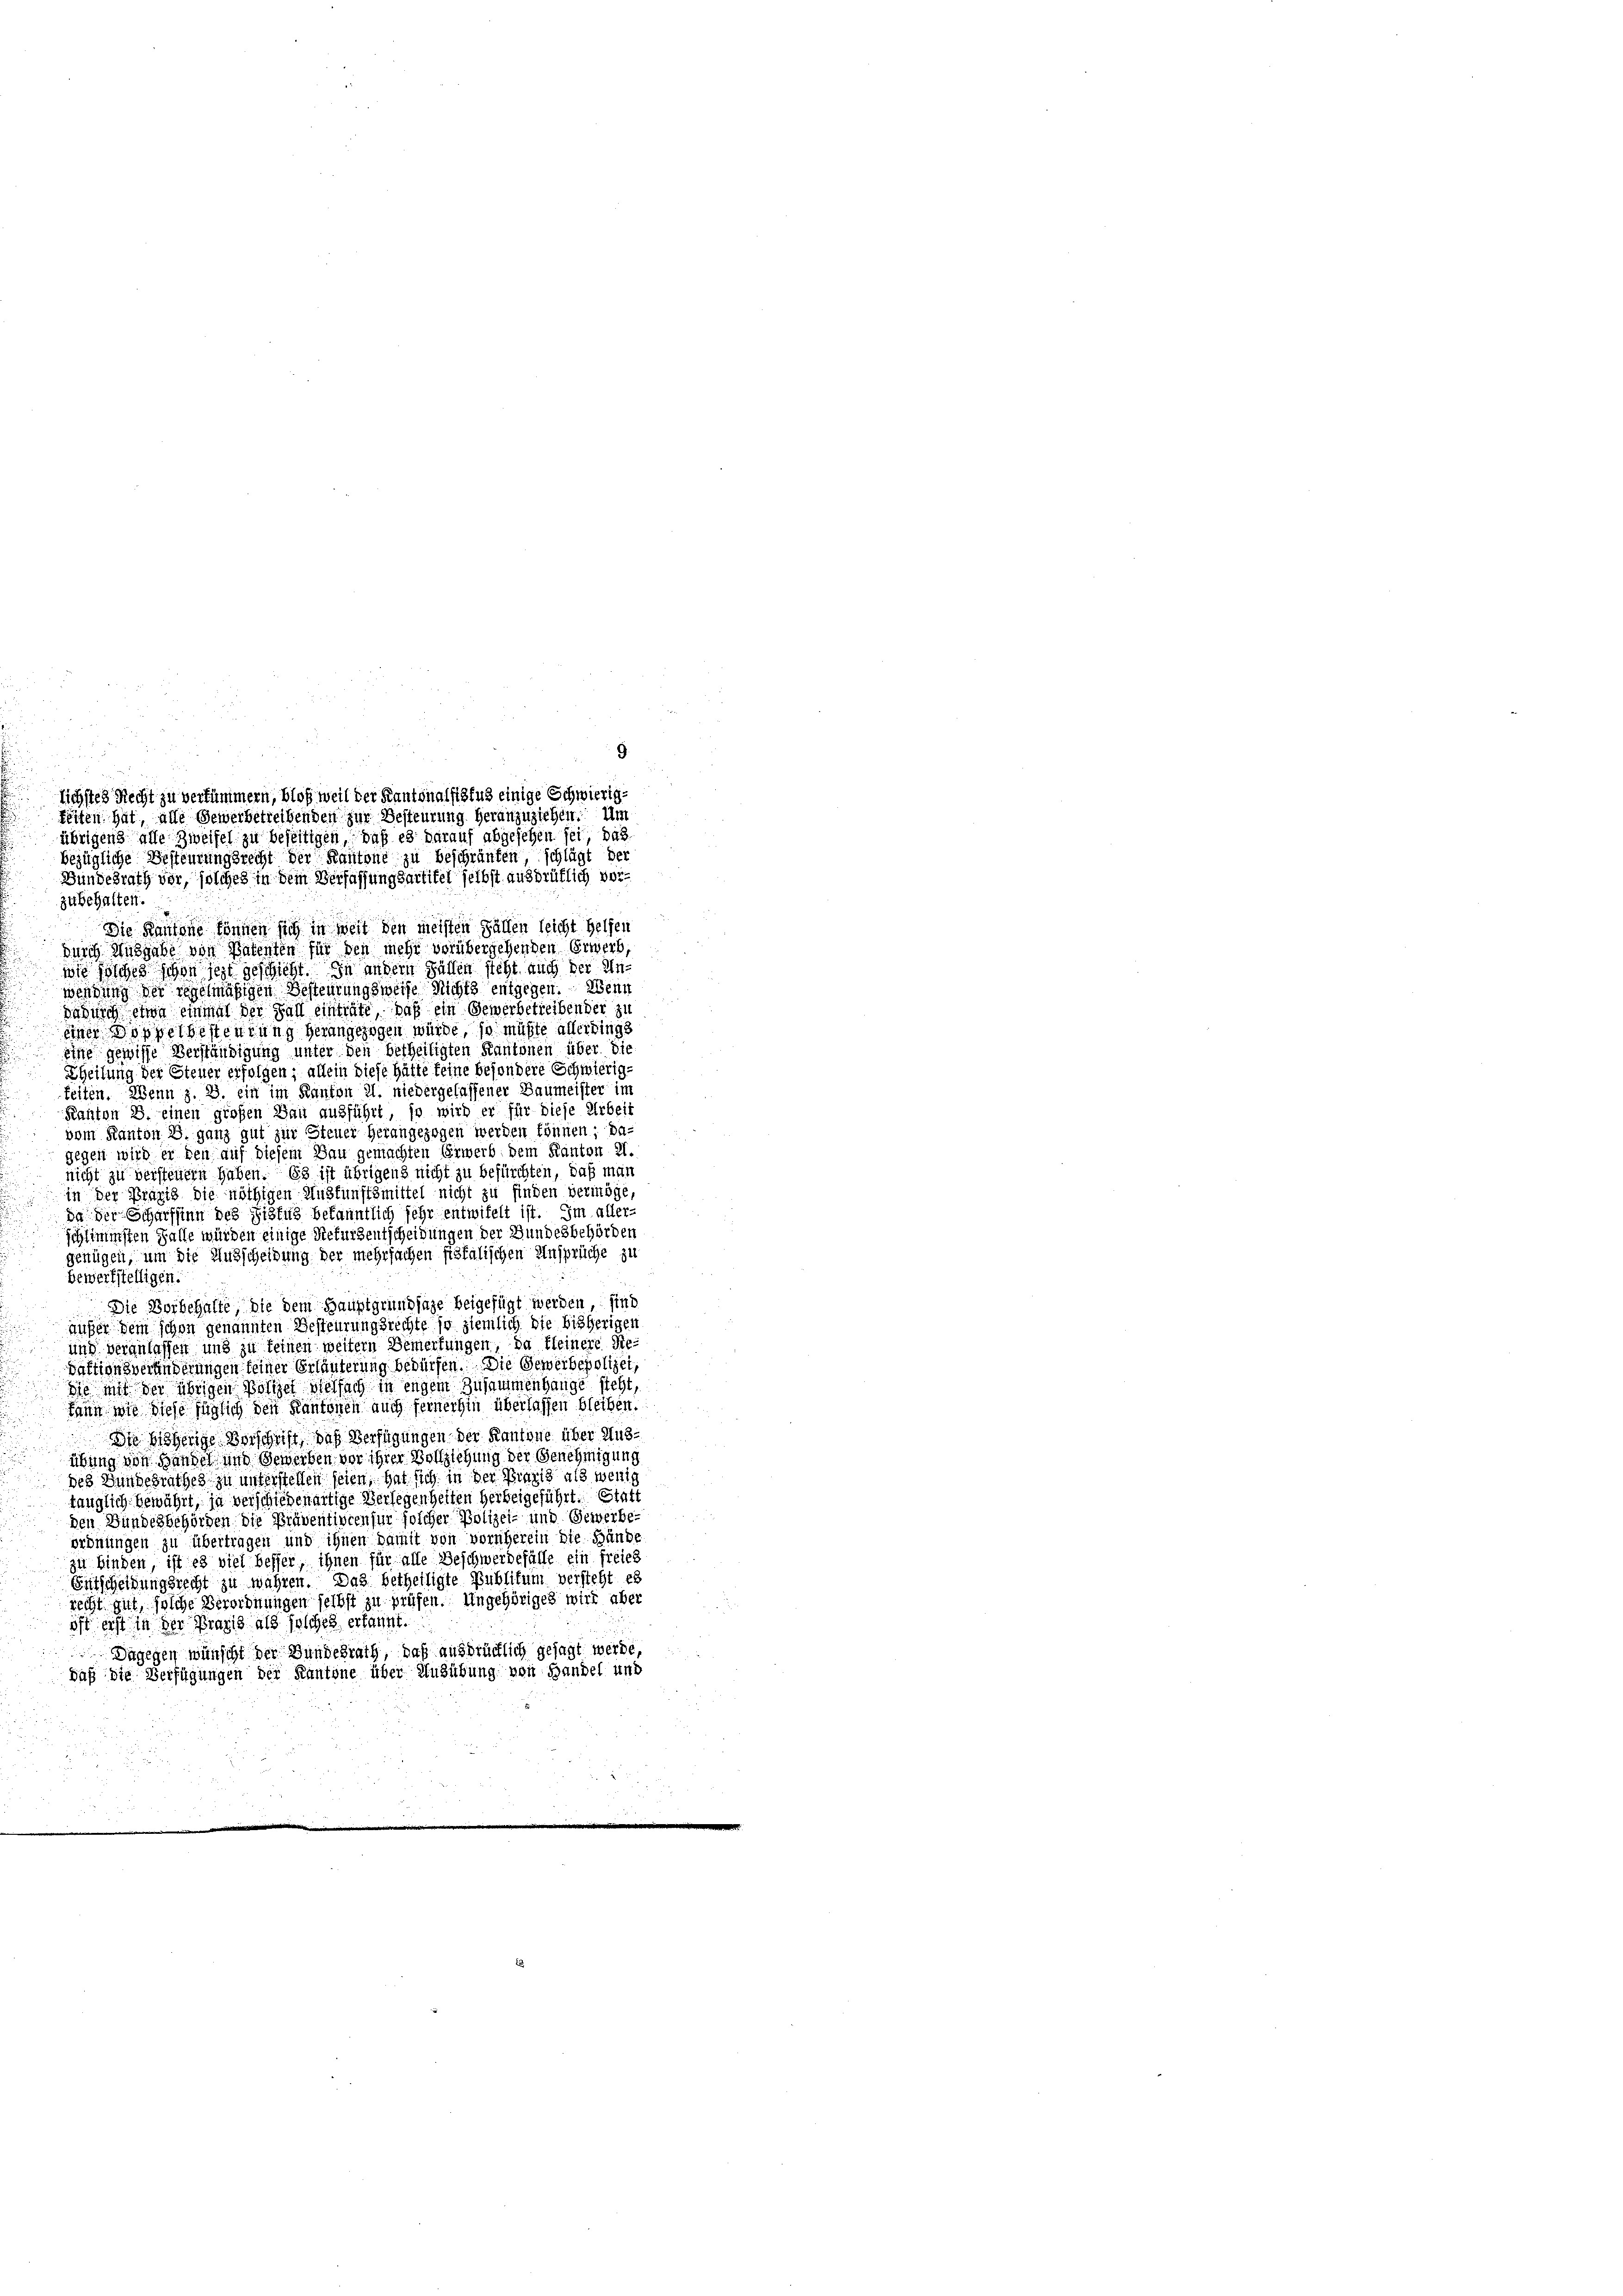
zubehalten.

bezügliche Besteurungsrecht der Kantone zu beschränken, schlägt der
Bundesrath vor, solches in dem Verfassungsartitel selbst ausdrüklich vor¬
Die Kantone können sich in weit den meisten Fällen leicht helfen
Durch Ausgabe von Patenten für den mehr vorübergehenden Erwerb,
wie solches schon jezt geschieht. In andern Füllen steht auch der An
wendung der regelmäßigen Besteurungsweise Richts entgegen. Wenn
dadurch etwa einmal der Fall einträte, daß ein Gewerbetreiben der zu
eines Doppelgesteurung herangezogen würde, so müßte allerdings
eine gewisse Verständigung unter den betheiligten Kantonen über die
Theilung der Steuer erfolgen; allein diese hätte feine besondere Schwierig-
feiten. Wenn z. B. ein im Kanton Al. niedergelassener Baumeister im
Kanton B. einen großen Bau ausführt, so wird er für diese Arbeit
vom Kanton B. ganz gut zur Steuer herangezogen werden können; dagegen wird er den auf diesem Bau gemachten Erwerb dem Kanton 21.
nicht zu versteuern haben. Es ist übrigens nicht zu befürchten, daß man
in der Praxis die nöthigen Auskunftsmittel nicht zu finden vermöge,
da der Scharfsinn des Fisfus bekanntlich sehr entwifelt ist. Im aller-
schlimmsten Falle würden einige Refurdeutscheidungen der Bundesbehörden
gefügen, um die Ausscheidung der mehrfachen fiskalischen Ansprüche zu
bewerkstelligen.
Die Vorbehalte, die dem Hauptgrundlage beigefügt werden sind
äußer Dein schon genannten Besteurungsrechte so ziemlich die bisherigen
und veranlassen und zu feinen weitern Bemerkungen, da kleinere Re-
daktionsverhinderungen feiner Erläuterung bedürfen. Die Gewerbepolizei,
Sie mit der übrigen Polizei vielfach in engem Zusammenhange steht,
kann wie diese füglich den Kantonen auch fernerhin überlassen bleiben.
Die höherige Vorschrift, das Verfügungen der Kantone über Ausübung von Handel und Gewerben vor ihrer Vollziehung der Genehmigung
des Bundesrathes zu unterstellen seien, hat sich in der Praxis als wenig
tänglich bewährt, ja verschiedenartige Verlegenheiten herbeigeführt. Statt
den Bundesbehörden die Präventivcensur solcher Polizei- und Gewerbe-
ordnungen zu übertragen und ihnen damit von vorüberein die Hände
zu binden ist es viel besser, ihnen für alle Beschwerdefälle ein freies
Entscheidungsrecht zu währen. Das betheiligte Publikum versteht es
recht gut, solche Verordnungen selbst zu prüfen. Ungehöriges wird aber
oft erst in der Praxis als solches erkannt.
Dagegen wünscht der Bundesrath, daß ausdrücklich gesagt werde,
daß die Verfügungen der Kantone über Ausübung von Handel und

lichstes Recht zu verfümmern, bloß weil der Kantonalsitus einige Schwierigteiten hat, alle Gewerbetreibenden zur Besteurung heranzuziehen. Um
übrigens alle Zweifel zu beseitigen, daß es darauf abgesehen sei, das